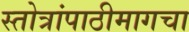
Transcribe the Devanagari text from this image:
स्तोत्रांपाठीमागचा